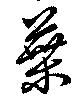
葉